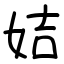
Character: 姞